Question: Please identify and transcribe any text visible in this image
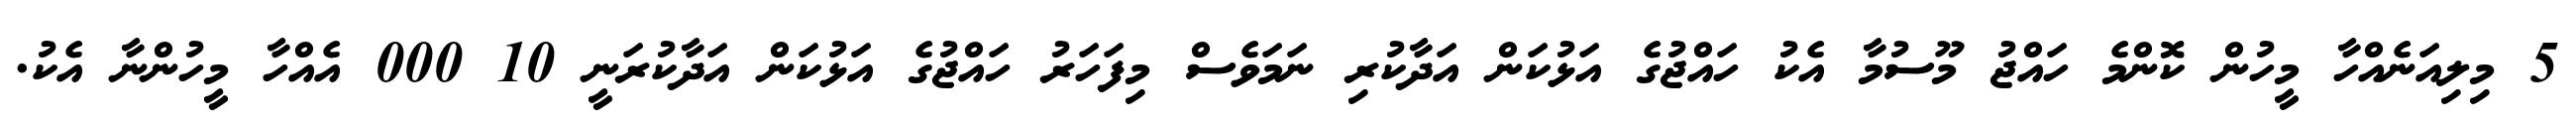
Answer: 5 މިލިއަނެއްހާ މީހުން ކޮންމެ ހައްޖު މޫސުމާ އެކު ހައްޖުގެ އަޅުކަން އަދާކުރި ނަމަވެސް މިފަހަރު ހައްޖުގެ އަޅުކަން އަދާކުރަނީ 10 000 އެއްހާ މީހުންނާ އެކު.